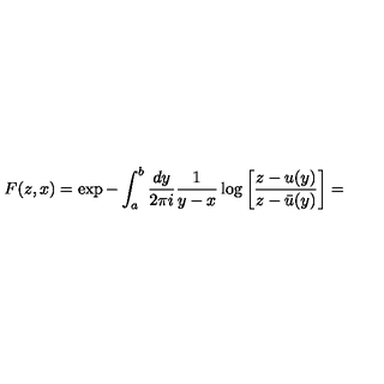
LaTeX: F ( z , x ) = \exp - \int _ { a } ^ { b } \frac { d y } { 2 \pi i } \frac { 1 } { y - x } \log \bigg [ \frac { z - u ( y ) } { z - \bar { u } ( y ) } \bigg ] =